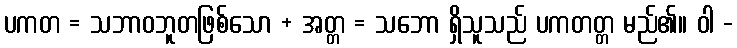
ပကတ = သဘာဝဘူတဖြစ်သော + အတ္တ = သဘော ရှိသူသည် ပကတတ္တ မည်၏။ ဝါ -